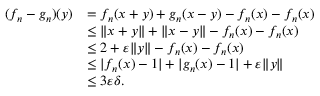
\begin{array} { r l } { ( f _ { n } - g _ { n } ) ( y ) } & { = f _ { n } ( x + y ) + g _ { n } ( x - y ) - f _ { n } ( x ) - f _ { n } ( x ) } \\ & { \le \| x + y \| + \| x - y \| - f _ { n } ( x ) - f _ { n } ( x ) } \\ & { \le 2 + \varepsilon \| y \| - f _ { n } ( x ) - f _ { n } ( x ) } \\ & { \le | f _ { n } ( x ) - 1 | + | g _ { n } ( x ) - 1 | + \varepsilon \| y \| } \\ & { \le 3 \varepsilon \delta . } \end{array}